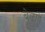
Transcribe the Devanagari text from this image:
बेळणे